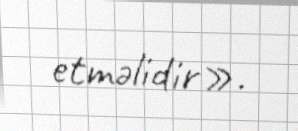
etməlidir».